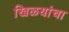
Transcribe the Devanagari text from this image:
खिळयांचा